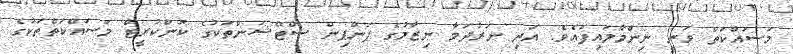
މަސައްކަތް ވަނީ ނިންމާލައިފައެވެ. އަދި ނަރުދަމާ ނިޒާމުގެ ޕަންޕިން ސްޓޭޝަންތަކުގެ ކޮންކުރީޓް މަސައްކަތްތަކުގެ